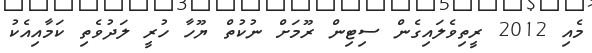
މެއި 2012 ރީތިވެލައިގެން ސިޓިން ރޫމަށް ނުކުތް ޔޫހާ ހުރީ ލަދުވެތި ކަމާއިއެކު